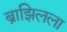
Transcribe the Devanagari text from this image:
ब्राझिलला